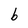
Character: b